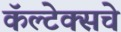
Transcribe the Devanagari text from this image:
कॅल्टेक्सचे